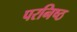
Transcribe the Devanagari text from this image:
परनिष्ठ